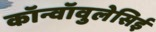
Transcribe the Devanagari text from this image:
कॉन्वॉवुलेसिई